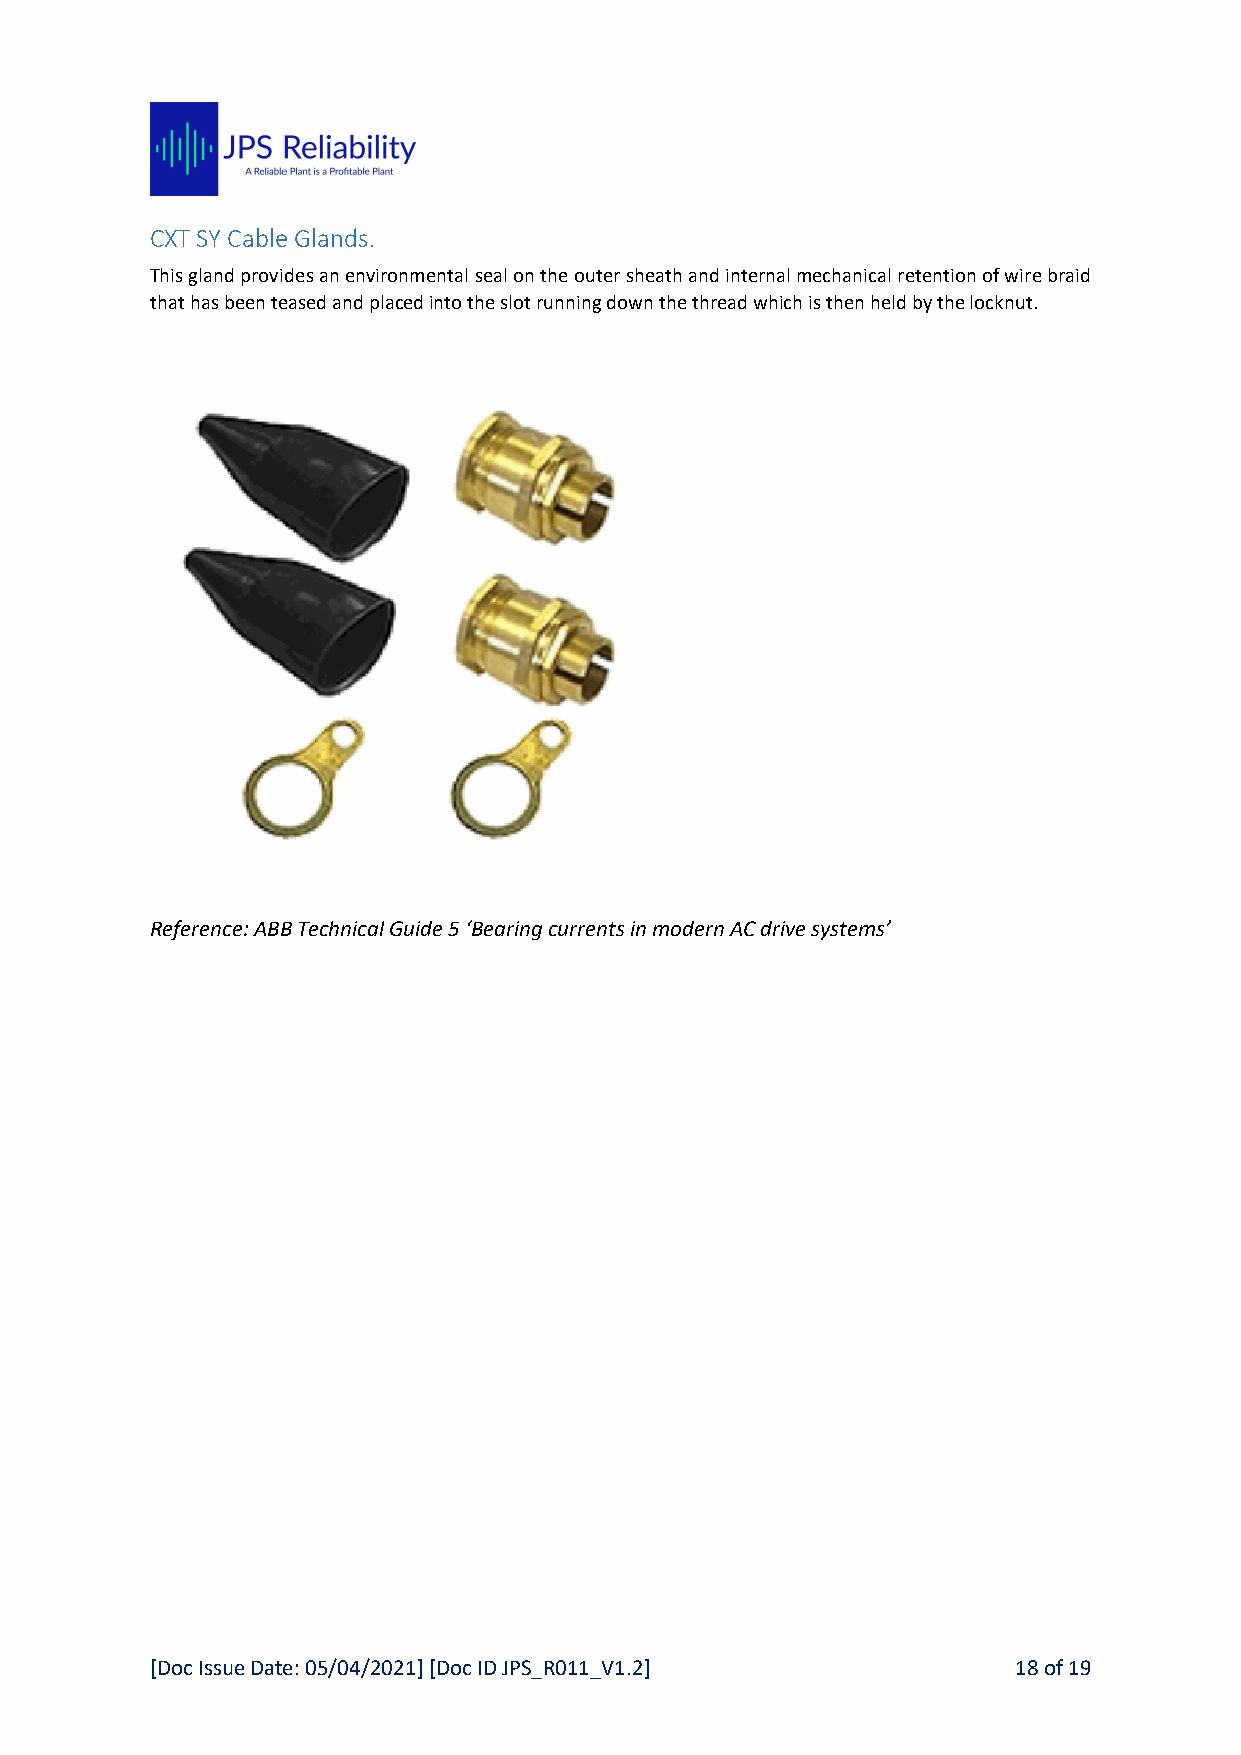
CXT SY Cable Glands.
 This gland provides an environmental seal on the outer sheath and internal mechanical retention of wire braid
 that has been teased and placed into the slot running down the thread which is then held by the locknut.
 Reference: ABB Technical Guide 5 ‘Bearing currents in modern AC drive systems’
 [Doc Issue Date: 05/04/2021] [Doc ID JPS_R011_V1.2]      18 of 19